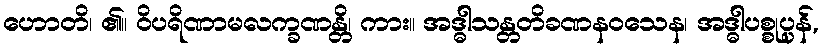
ဟောတိ၊ ၏။ ဝိပရိဏာမလက္ခဏန္တိ၊ ကား။ အဒ္ဓါသန္တတိခဏနဝသေန၊ အဒ္ဓါပစ္စုပ္ပန်,